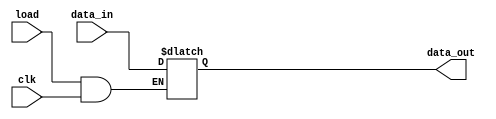
module regfile_sub (data_out,data_in, load,clk);
input [15:0] data_in;
input load,clk;//
output reg [15:0] data_out;

initial
data_out = 16'd0;

always@( *)
if (load && clk) data_out <= data_in;
endmodule